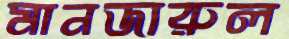
মানজারুল